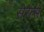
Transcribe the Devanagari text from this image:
सेरेत्से